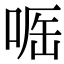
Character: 𠶲